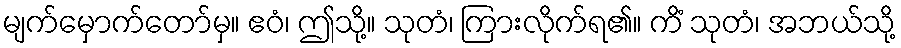
မျက်မှောက်တော်မှ။ ဧဝံ၊ ဤသို့။ သုတံ၊ ကြားလိုက်ရ၏။ ကိံ သုတံ၊ အဘယ်သို့